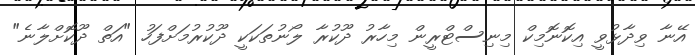
އޭނާ ވިދާޅުވީ އިކޮނޮމިކް މިނިސްޓްރީން މިހާރު ދޫކުރާ ލޯނުތަކަކީ ދޫކުރުމަށްފަހު "އަތް ދޫކޮށްލާނެ"